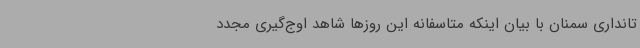
تانداری سمنان با بیان اینکه متاسفانه این روزها شاهد اوج‌گیری مجدد